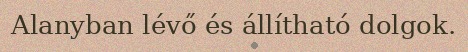
Alanyban lévő és állítható dolgok.